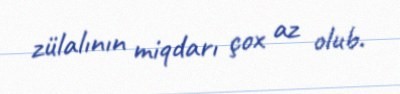
zülalının miqdarı çox az olub.